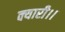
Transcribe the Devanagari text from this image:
क्यारी।।